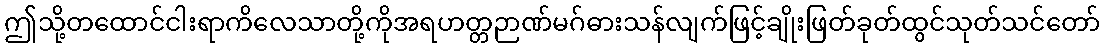
ဤသို့တထောင်ငါးရာကိလေသာတို့ကိုအရဟတ္တဉာဏ်မဂ်ဓားသန်လျက်ဖြင့်ချိုးဖြတ်ခုတ်ထွင်သုတ်သင်တော်